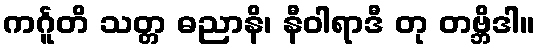
ကင်္ဂူတိ သတ္တ ဓညာနိ၊ နီဝါရာဒီ တု တဗ္ဘိဒါ။